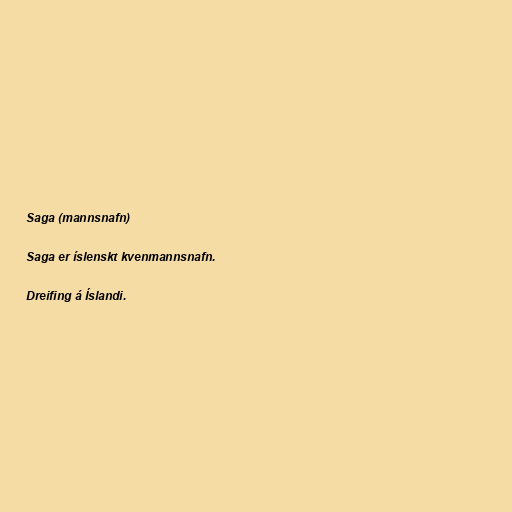
Saga (mannsnafn)

Saga er íslenskt kvenmannsnafn.

Dreifing á Íslandi.